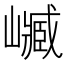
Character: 𡽴